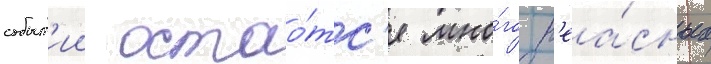
событ'ии остао́тс'я мно́го н'еа́сных